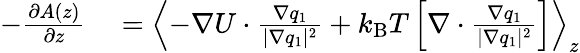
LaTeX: \begin{array}{rl}{-\frac{\partial A(z)}{\partial z}}&{{}=\left<-\nabla U\cdot\frac{\nabla q_{1}}{|\nabla q_{1}|^{2}}+{k_{\mathrm{B}}T}\left[\nabla\cdot\frac{\nabla q_{1}}{|\nabla q_{1}|^{2}}\right]\right>_{z}}\end{array}